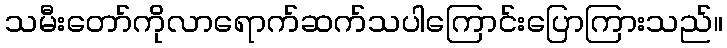
သမီးတော်ကိုလာရောက်ဆက်သပါကြောင်းပြောကြားသည်။